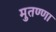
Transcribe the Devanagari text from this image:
मुतण्णा